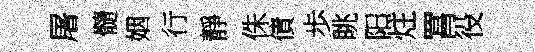
屠髓姻行靜侏債歩眺阳炷罥役